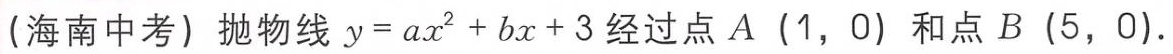
(海南中考) 抛物线 \(y = ax^{2}+bx + 3\) 经过点 \(A\) (\(1\)，\(0\)) 和点 \(B\) (\(5\)，\(0\)).